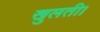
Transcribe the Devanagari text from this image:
खुलती।